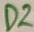
Text: D2